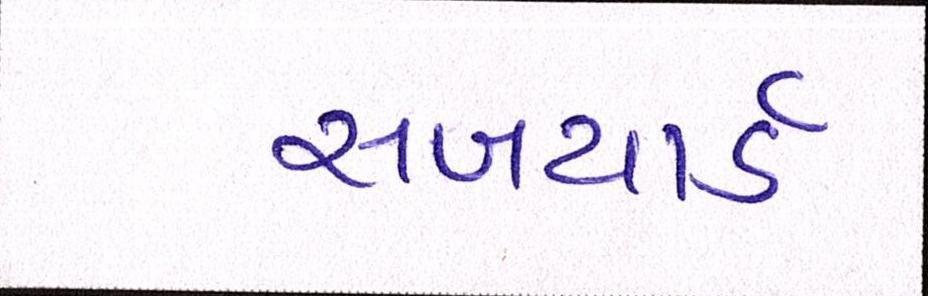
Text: સબયાર્ડ